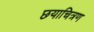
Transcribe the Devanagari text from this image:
छयाचित्रण